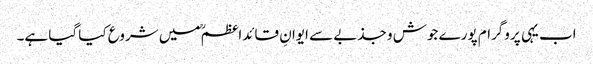
اب یہی پروگرام پورے جوش و جذبے سے ایوانِ قائداعظمؒ میں شروع کیا گیا ہے۔